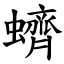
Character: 蠐